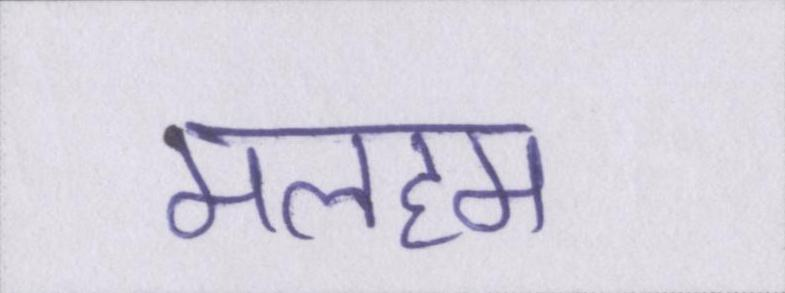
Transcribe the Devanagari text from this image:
मलहम